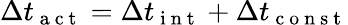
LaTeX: \Delta t_{\mathrm{~a~c~t~}}=\Delta t_{\mathrm{~i~n~t~}}+\Delta t_{\mathrm{~c~o~n~s~t~}}